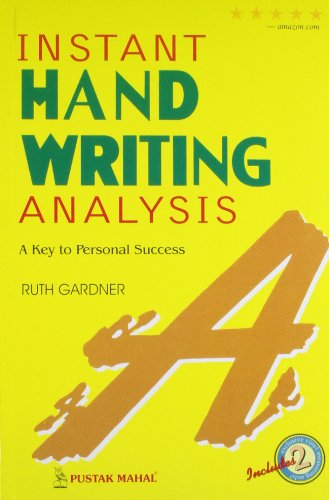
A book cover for Instant Hand Writing Analysis: A Key to Personal Success; Ruth Gardner; Self-Help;